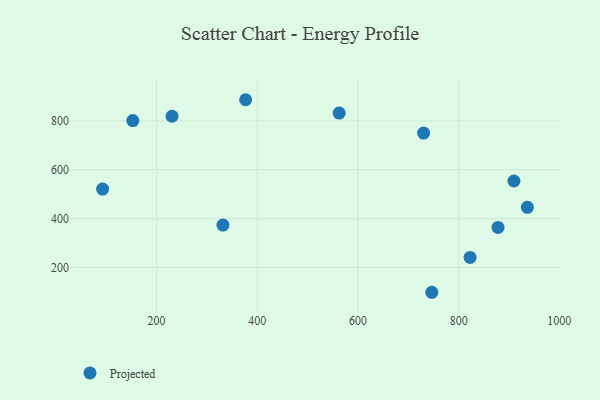
{"axis": {"x": "Speed", "y": "Exam Score"}, "legend": ["Projected"], "data": [{"x": "92.8", "y": 520.9, "type": "Projected"}, {"x": "730.4", "y": 749.9, "type": "Projected"}, {"x": "562.7", "y": 831.6, "type": "Projected"}, {"x": "152.8", "y": 800.9, "type": "Projected"}, {"x": "878.2", "y": 364.1, "type": "Projected"}, {"x": "746.7", "y": 99.1, "type": "Projected"}, {"x": "376.9", "y": 886.0, "type": "Projected"}, {"x": "331.8", "y": 373.9, "type": "Projected"}, {"x": "909.8", "y": 553.9, "type": "Projected"}, {"x": "230.7", "y": 818.4, "type": "Projected"}, {"x": "822.7", "y": 241.4, "type": "Projected"}, {"x": "936.5", "y": 446.4, "type": "Projected"}]}